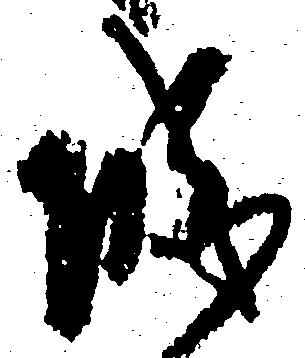
城